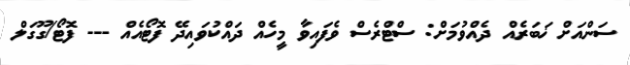
ސަންއަށް ޚަބަރެއް ދެއްވުމަށް: ސްޓްރެސް ވެފައިވާ މީހެއް ދައްކުވައިދޭ ފޮޓޯއެއް --- ފޮޓޯ/ގޫޫގަލް